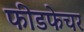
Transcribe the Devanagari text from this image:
फीडफेचर